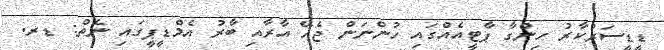
ޑީޑީސަރުކާރު ހިންގާ ޕާޓީއެއްގައި ހުންނަން ޖެހޭ އާރާއި ބާރު އެމްޑީޕީގައި ނެތް: ޑރ.